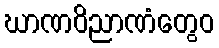
ဃာဏဝိညာဏံတွေဝ